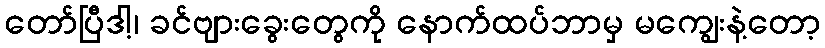
တော်ပြီဒါ့၊ ခင်ဗျားခွေးတွေကို နောက်ထပ်ဘာမှ မကျွေးနဲ့တော့